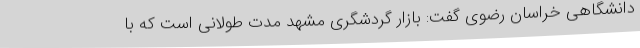
دانشگاهی خراسان رضوی گفت: بازار گردشگری مشهد مدت طولانی است که با